Vital statistics of India. Vol. VI, European troops 1870-79
Year: 1870
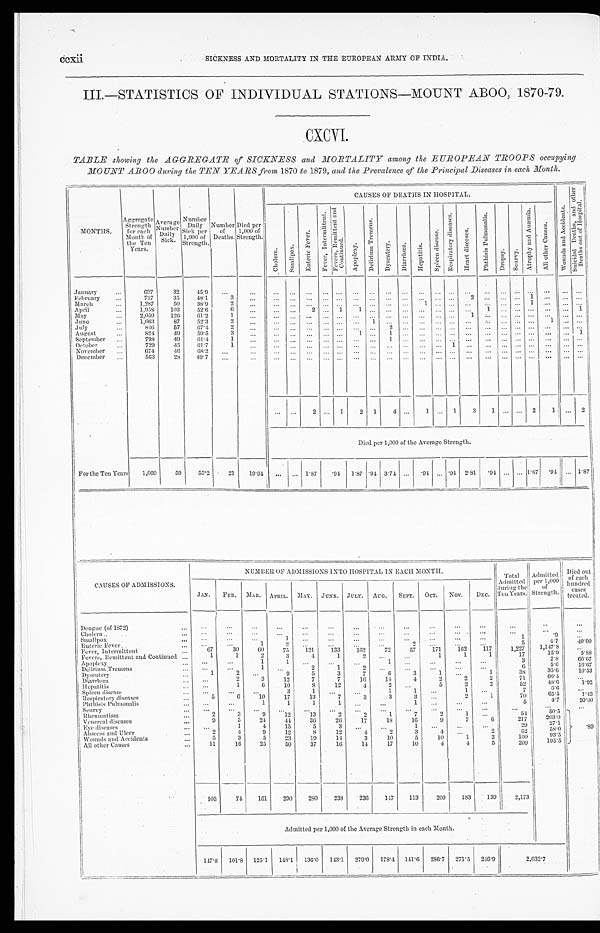
ccxii
SICKNESS AND MORTALITY IN THE EUROPEAN ARMY OF INDIA.
III.-STATISTICS OF INDIVIDUAL STATIONS-MOUNT ABOO, 1870-79.
CXCVI .
TABLE showing the _AGGREGATE of SICKNESS and -MORTALITY among the EUROPEAN TROOPS occupying
MOUNT ABOO during the TEN YEARS from 1870 to 1879, and the Prevalence of the Principal Diseases in each Month.
MONTHS.
Aggregate
Strength
for c
Month of
the Ten
Years.
Average ,
Average
' D a i l y
Daily ,
Sick. '
Number
S i c k p e r
'' 000 of
'
Strength.
Number of
Deaths.
Died per
1,000 of
Strength.
CAUSES OF DEATHS IN HOSPITAL.
W o u n d s a n d A c c i d e n t s .
S u i c i d a l D e a t h s , a n d o t h e r D e a t h s o u t o f H o s p i t a l .
C h o l e r a .
S m a l l p o x .
E n t e r i c F e v e r .
F e v e r , I n t e r m i t t e n t . F e v e r s , R e m i t t e n t a n d C o n t i n u e d .
A p o p l e x y .
D e l i r i u m T r e m e n s .
D y s c n t e r y .
D i a r r h œ a .
H e p a t i t i s .
S p l e e n d i s e a s e .
R e s p i r a t o r y d i s e a s e s .
H e a r t d i s e a s e s .
P h t h i s i s P u l m o n a l i s .
D r o p s y . S c u r v y .
A t r o p h y a n d A n æ m i a
A l l o t h e r C a u s e s .
January
...
697
32
45.9 ...
...
... ... ...
. . .
. . . . . .
. . .
. . .
. . . . . .
. . .
. . .
. . .
...
. . .
...
February
...
727
35
48.1
3
...
... ...
. . .
. . .
. . .
. . .
. . .
. . .
. . . . . . 2
1
..
March
...
1 , 2 8 7
50
38.9
2
. . . .
... ...
... ...
. . .
... ...1
1
...
April
...
1,953
103
5 2 . 6
6
...
...
1
...'
1
May
...
2,059
126
61.2
1
...
...
... ... ...
. . .
. . .
. . . ...
...
1
...
...
...
.June
...
1,663
87
52.3
2
. . .
...
... ... ...
1 ... ... ... ... ... ...
...
...
1 ... ...
July
...
8 1 6
57
67.1.
2
...
...
. . . ... ... ... ... ..
2
... . . .
August
...
821
49
5 9 . 5
...
. . . . . . ... ...
1 1
... ...
... ... ... ...
1
September ...
793
49
61.4
. . .
... ... ...
... ... .... 1
...
. . . ... . . .
...
October... ...
45
61.7
1
...
. . . ... ...
... ... ...
1
... ...
...
November ..,
671
46
6 8 . 2 ...
... ... ...
... ... ...
...
...
... ... ... ... ... ... ... ...
December
563
28
49.7
...
...
... ... .., ... ... ... ... ... ... ...
... ... ... ... ... ... ... ...
... ...
2 ... 1
2 1 4
1
. . . 1
3 1
2 1
... 2
Died per 1,000 of the Average Strength.
For the Ten Years
1,069
59
55.2
21
19.64 ... ... 1.87
. 9 4
1.87 1.87 .9.1 3.71 ... .94 ...
. 9 4 2.81 '94 ...
1.87 .91 ... 1.87
NUMBER, OF ADMISSIONS INTO HOSPITAL IN EACH MONTH
Total
Admitted
during the
Ten Years.
Admitted
per 1,000
of
Strength.
Died out
of each
hundred cases
treated.
CAUSES OF ADMISSIONS.
JAN. FEB. MAR. APRIL. MAY. JUNE. JULY. AUG. SEPT. OCT. Nov.
DEC.
Dengue (of 1872)
...
...
...
. . .
. . .
...
. . . ...
...
...
. . .
...
. . .
Cholera
...
...
...
... . ...
...
... .0
....
Smal l pox
.
. . .
. . . .
....
..
1
...
...
...
...
. . .
1
. 9 ...
Enteric Fever. .
...
. . . .
...
1
2 _ ...
...
...
...
2
- ...
...
5
4.7
40.00
Fever, Intermittent
....
67
30
60
75
121
133
162
72
57
171
162
117
1,2'7
1,147.8
...
Fevers Beinittent and Continued ...
1
1
2
3
4
1
1
1
1
17
15.9
5.88
Apoplexy.
. ...
....
....
1
1
. . .
1 .„
...
...
...
3
2.8
66.67
Delirium Tremens
....
...
1
2
...
...
..
6
5.6
16...67
Dysentery
...
1
2
0
5
3
7
6
3
1
38
35.6
10.53
Diarrh,ca
... ...`,
3
12
7
7
16
11
4
2
2
2
71
66.1
...
Hepatitis
....
1
6
10
S
12
.1
5
2
2 I
52
48.6
6.6
1.02
Spleen diseas
. . .
. . .
. . .
3
1
.,,
. . .
1
1 ...
7
.
Respiratory diseases
...
5
6
10
17
13
7
3
3
3
2
1
70 I
65.5
1.13
Plithisis Pulmonalis
... ...
...
1
1
1
...
...
5 1
4.7
20.00
Seurvy
... ...
...
. . .
...
. . .
...
...
....
...
....
....
...
...
Rheumatism
...
2
3
9
12
13
2
2
1
7
2
1
54
50.5
89
Venereal diseases
...
0
5
21
11
36
26
17
18
16
' J
7
6
217
20;30
Eve diseases
...
1
4
15
5
1 ...
...
29
27.1
Ai)seess and Ulcer
2
. 1
0
12
S
12
. 4
3
2
69 I
58.0
Wounds :Ind Accidents
...
5
3
5
23
19
11.
3
1)
5
10
1
2
100 1
03.5
All other Louses
...
11
16
25
50
37
16
14
17
10
4
1
5
209 I
105.5
103
74
161
290
280
233
236
117
113
209
183
139 I2,173
Admitted per 1,000 of the Average Strength in each Month.
147.8 101.3 125.1 148.1 136.0 113.1 279.0 173.1 141.6 236.7 271.5 216.0
2,032.7
. . .